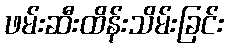
ဖမ်းဆီးထိန်းသိမ်းခြင်း